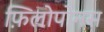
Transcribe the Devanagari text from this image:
फ़िलोपोनस